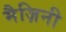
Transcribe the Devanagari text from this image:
मैज़िनी